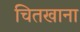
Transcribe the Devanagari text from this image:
चितखाना